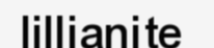
lillianite